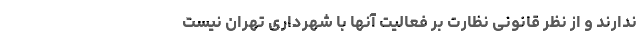
ندارند و از نظر قانونی نظارت بر فعالیت آنها با شهرداری تهران نیست